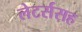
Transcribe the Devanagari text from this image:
लेटर्ससह